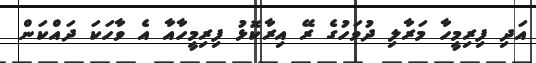
އަދި ފިރިމީހާ މަރާލި ދުވަހުގެ ރޭ އިރާކޮޅު ފިރިމީހާއާ އެ ވާހަކަ ދައްކަން